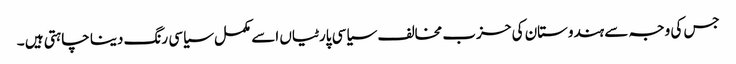
جس کی وجہ سے ہندوستان کی حزب مخالف سیاسی پارٹیاں اسے مکمل سیاسی رنگ دینا چاہتی ہیں ۔